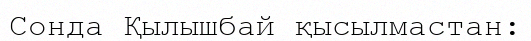
Сонда Қылышбай қысылмастан: